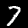
Label: 7